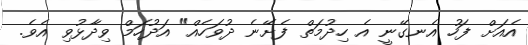
އެއަށް ފަހު އެނގޭނީ އެ ހިދުމަތް ފެށޭނެ ދުވަހެއް" އަދުހަމް ވިދާޅުވި އެވެ.